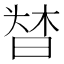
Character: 𣈌